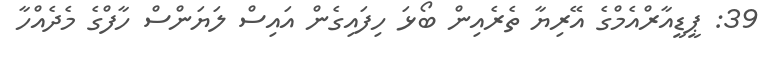
39: ޕީޑީއާރްއެމްގެ އޭރިޔާ ތެރެއިން ބޯޅަ ހިފައިގެން އައިސް ލަޔަންސް ހާފްގެ މެދެއްހާ